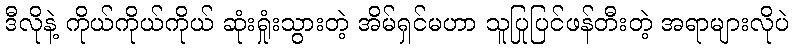
ဒီလိုနဲ့ ကိုယ်ကိုယ်ကိုယ် ဆုံးရှုံးသွားတဲ့ အိမ်ရှင်မဟာ သူပြုပြင်ဖန်တီးတဲ့ အရာများလိုပဲ